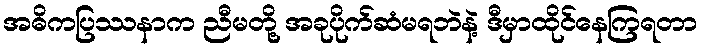
အဓိကပြဿနာက ညီမတို့ အခုပိုက်ဆံမရဘဲနဲ့ ဒီမှာထိုင်နေကြရတာ